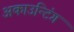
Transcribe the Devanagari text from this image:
अकाउन्टिंग